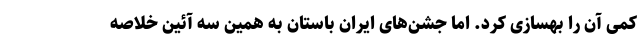
کمی آن را بهسازی کرد. اما جشن‌های ایران باستان به همین سه آئین خلاصه